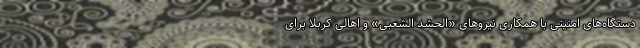
دستگاه‌های امنیتی با همکاری نیروهای «الحشد الشعبی» و اهالی کربلا برای